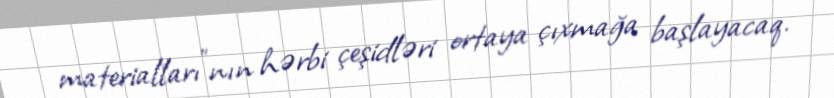
materialları”nın hərbi çeşidləri ortaya çıxmağa başlayacaq.